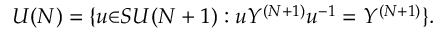
U ( N ) = \{ u { \in } S U ( N + 1 ) : u Y ^ { ( N + 1 ) } u ^ { - 1 } = Y ^ { ( N + 1 ) } \} .